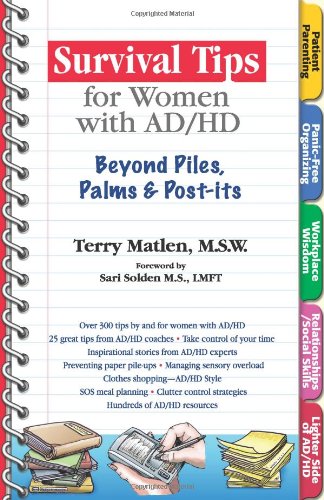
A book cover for Survival Tips for Women with AD/HD: Beyond Piles, Palms, & Post-its; Terry Matlen MSW; Health, Fitness & Dieting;